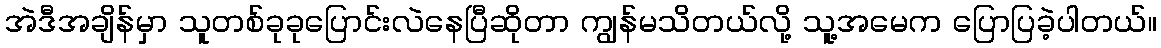
အဲဒီအချိန်မှာ သူတစ်ခုခုပြောင်းလဲနေပြီဆိုတာ ကျွန်မသိတယ်လို့ သူ့အမေက ပြောပြခဲ့ပါတယ်။